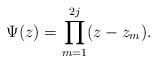
\begin{align*}\Psi(z) = \prod^{2j}_{m=1} (z-z_m).\end{align*}